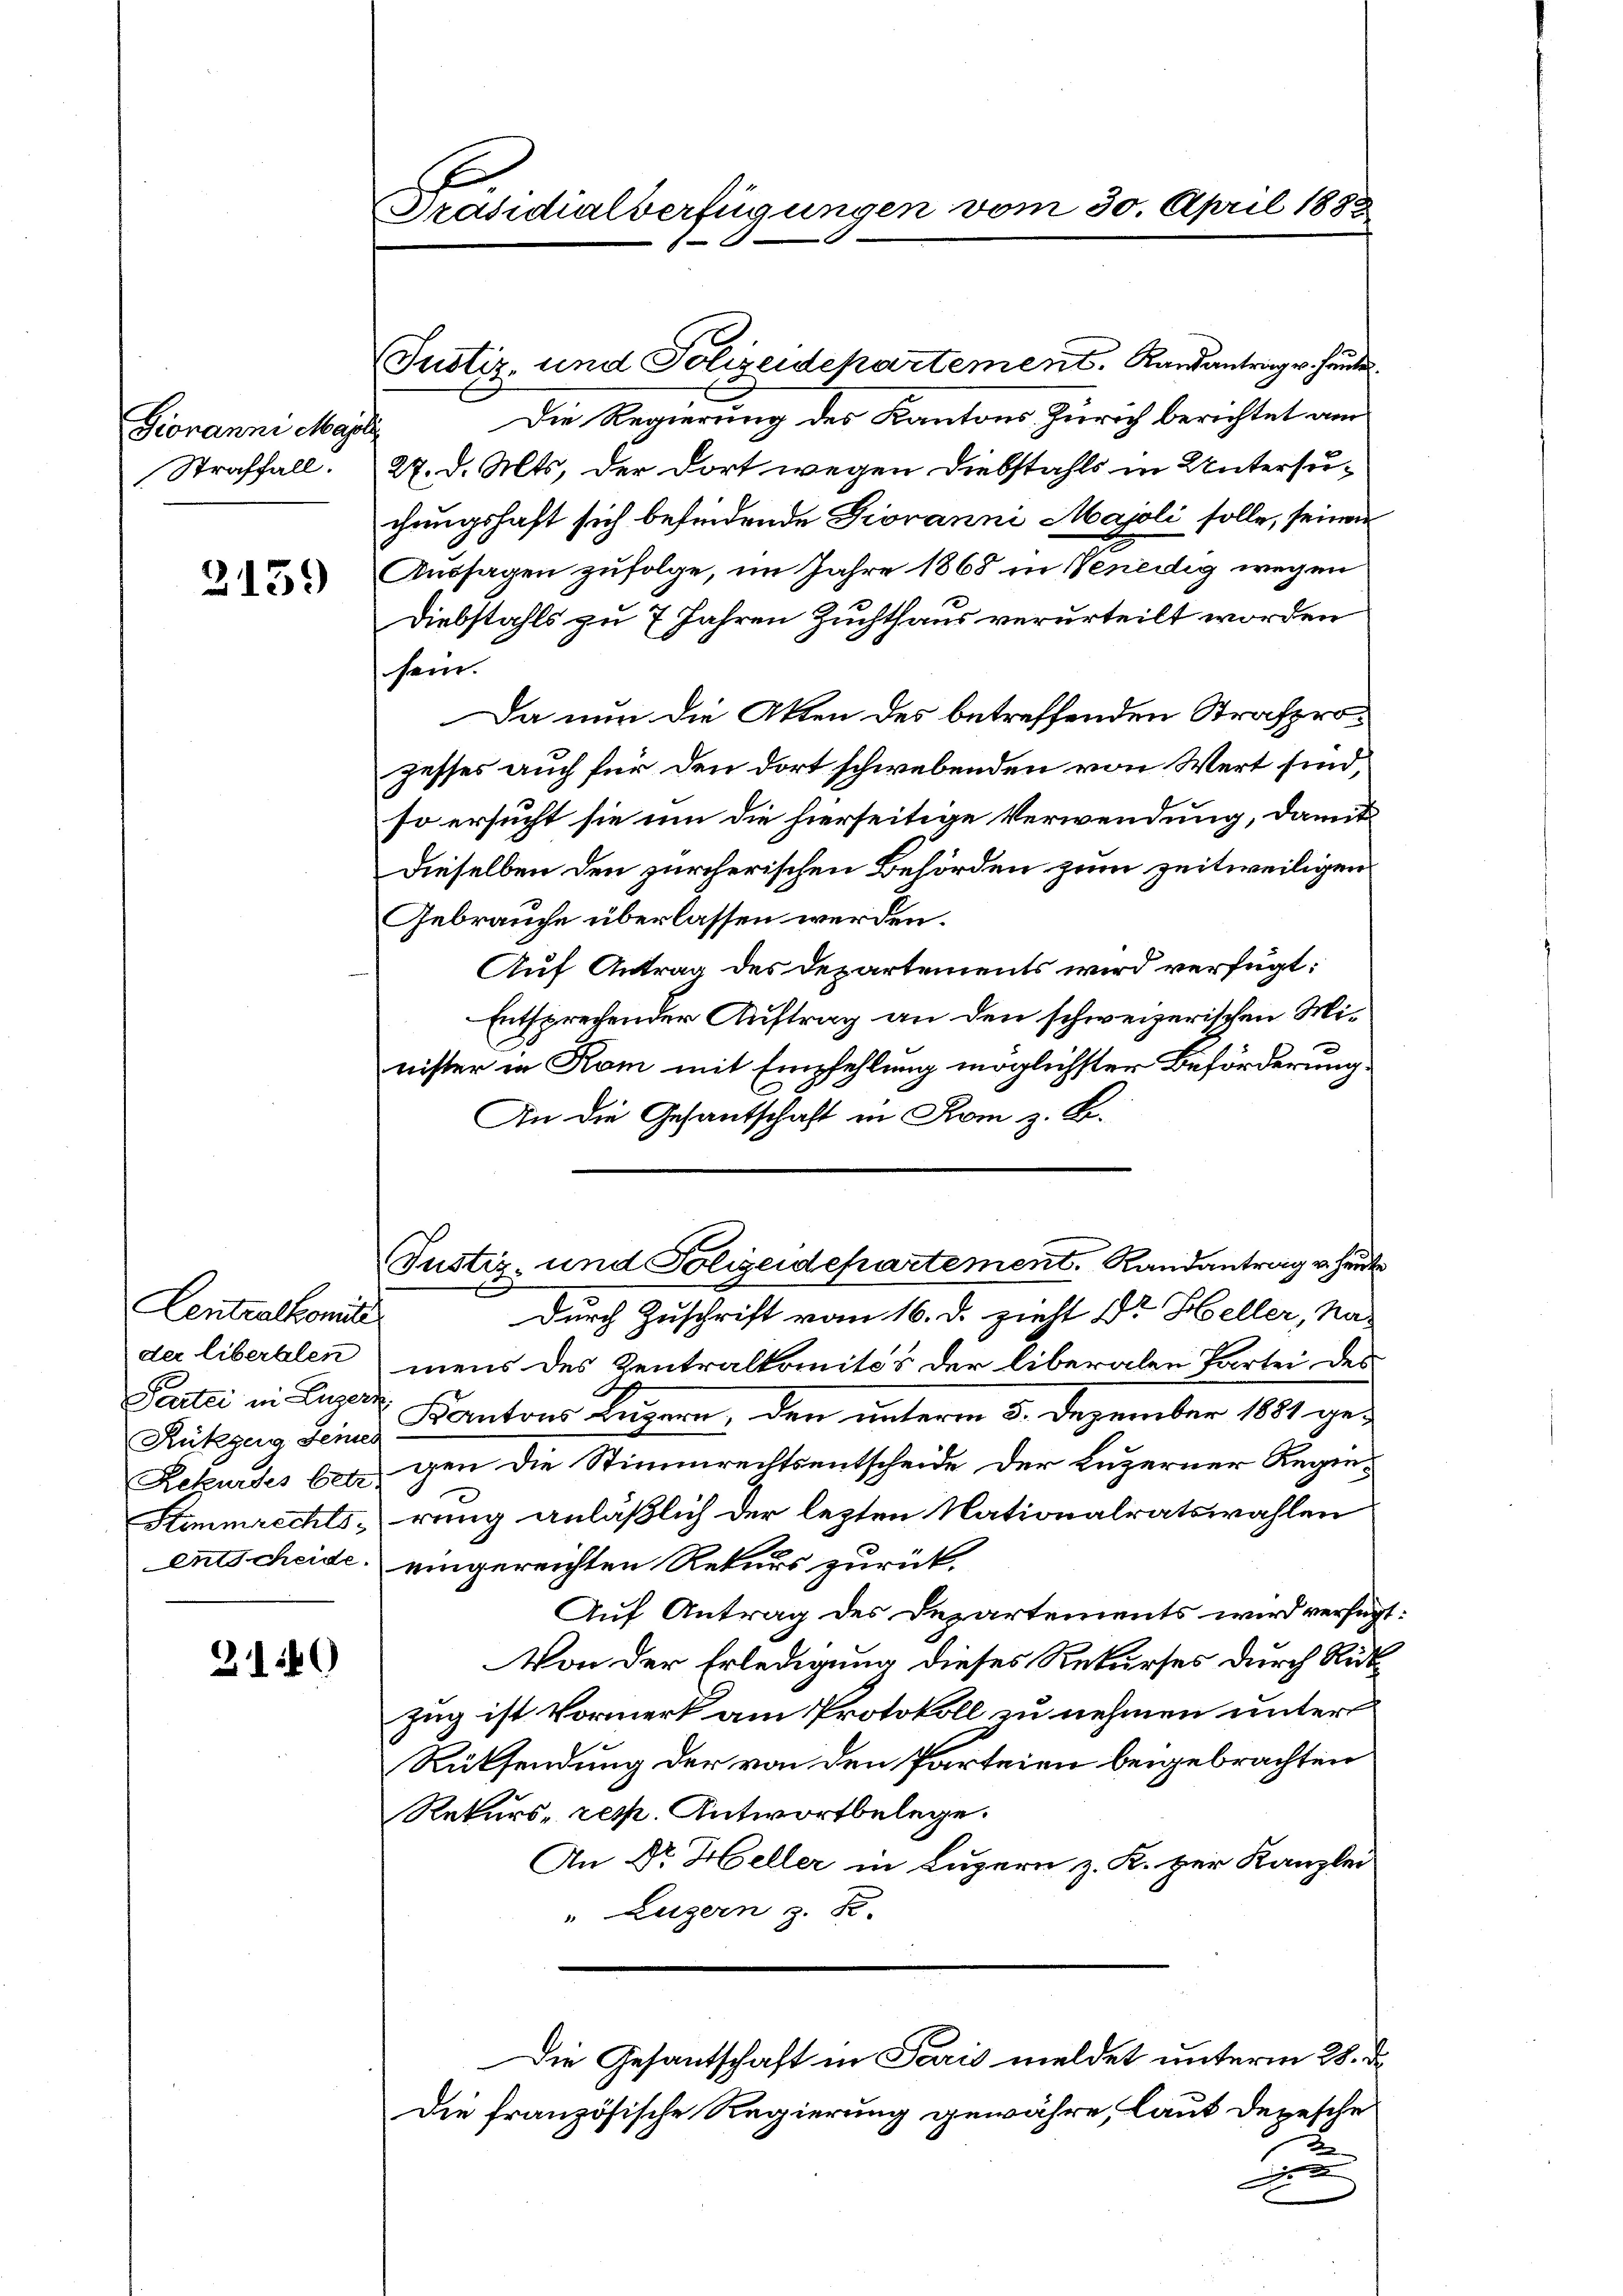
Giovanni Magl
Straffall.

3159

Centralkomite
der liberalen
Partei in Luzer
Rükgeng seine
Rekurses betr
Stimmrechts¬
Entscheide

2140

Präsidialverfügungen v.

(Justiz- und Polizeidepartement. Randantrag v. Hande
Die Regierung des Kantons Zürich berichtet am
27. d. Mts. der dort wegen Diebstahls in Untersuchungshaft sich befindende Giovanni Majoli solle, seinen
Aussagen zufolge, im Jahre 1868 in Venedig wegen
Diebstahls zu 7 Jahren Zuchthaus verurteilt worden
sein.
Da nun die Akten des betreffenden Strafprozesses auch für den dort schwebenden von Wert sind,
so ersucht sie um die hierseitige Verwendung, damit
Dieselben den zürcherischen Behörden zum zeitweiligen
Gebrauche überlassen werden.
Auf Antrag des Departements wird verfügt:
Entsprechender Auftrag an den schweizerischen Minister in Rom mit Empfehlung möglichster Beförderung.
An die Gesantschaft in Rom z. B.
Justiz- und Polizeidepartement. Randantrag v. heute
x
Durch Zuschrift vom 16. d. zieht Dr. Heller, Namens des Zentralkomités der liberalen Partei des
 Kantons Luzern, den unterm 3. Dezember 1881 ge-
gen die Stimmrechtsentscheide der Luzerner Regierung anläßlich der lezten Nationalratswahlen
eingereichten Rekurs zurück.
Auf Antrag des Departements wird verfügt
Von der Erledigung dieses Rekurses durch Rückzug ist Vormerk am Protokoll zu nehmen unter
Rücksendung der von den Parteien beigebrachten
Rekurs- resp. Antwortbelege.
An Dr. Heller in Luzern z. K. zur Kanzlei
" Luzern z. S.
Die Gesantschaft in Paris meldet unterm 28. d.
Die französische Regierung gewähre, laut depesche
2
d

30. April 1882